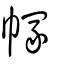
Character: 𢄐